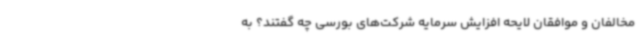
مخالفان و موافقان لایحه افزایش سرمایه شرکت‌های بورسی چه گفتند؟ به